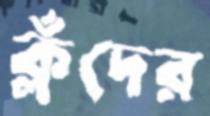
ক্লঁদের